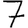
Digit: 7